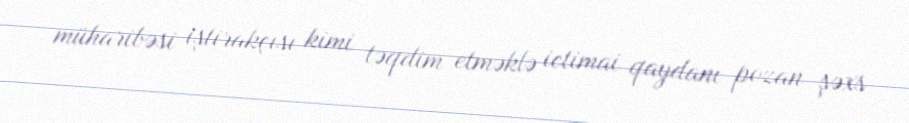
müharibəsi iştirakçısı kimi təqdim etməklə ictimai qaydanı pozan şəxs